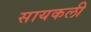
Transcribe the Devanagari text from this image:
सायकली